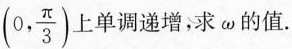
(0, \frac{\pi}{3})上单调递增，求\omega的值.